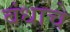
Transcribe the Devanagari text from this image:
बंधाचे